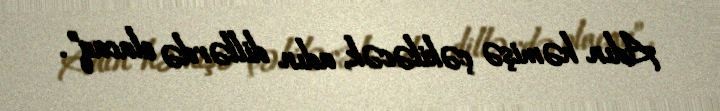
Adın həmişə çəkiləcək, adın dillərdə olacaq”.